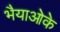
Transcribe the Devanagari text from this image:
भैयाओके